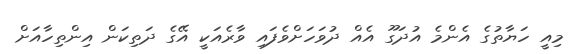
މިއީ ހަޔާތުގެ އެންމެ އުދަގޫ އެއް ދުވަހަށްވެފައި ވާރެއަކީ އޭގެ ދަތިކަން އިންތިހާއަށް